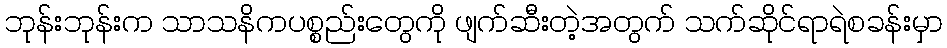
ဘုန်းဘုန်းက သာသနိကပစ္စည်းတွေကို ဖျက်ဆီးတဲ့အတွက် သက်ဆိုင်ရာရဲစခန်းမှာ